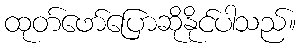
ထုတ်ဖော်ပြောဆိုနိုင်ပါသည်။